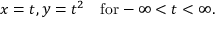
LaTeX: x = t , y = t ^ { 2 } \quad \mathrm { f o r } - \infty < t < \infty .